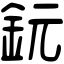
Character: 鈨